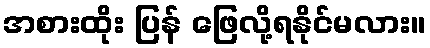
အစားထိုး ပြန် ဖြေလို့ရနိုင်မလား။